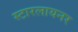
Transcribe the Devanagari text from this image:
स्टारलायनर